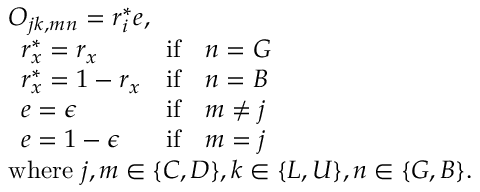
\begin{array} { l } { O _ { j k , m n } = r _ { i } ^ { * } e , } \\ { \begin{array} { l l l } { r _ { x } ^ { * } = r _ { x } } & { \mathrm { i f } } & { n = G } \\ { r _ { x } ^ { * } = 1 - r _ { x } } & { \mathrm { i f } } & { n = B } \\ { e = \epsilon } & { \mathrm { i f } } & { m \neq j } \\ { e = 1 - \epsilon } & { \mathrm { i f } } & { m = j } \end{array} } \\ { \mathrm { w h e r e ~ } j , m \in \{ C , D \} , k \in \{ L , U \} , n \in \{ G , B \} . } \end{array}